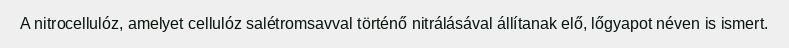
A nitrocellulóz, amelyet cellulóz salétromsavval történő nitrálásával állítanak elő, lőgyapot néven is ismert.